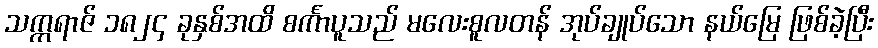
သက္ကရာဇ် ၁၈၂၄ ခုနှစ်အထိ စင်္ကာပူသည် မလေးစူလတန် အုပ်ချုပ်သော နယ်မြေ ဖြစ်ခဲ့ပြီး